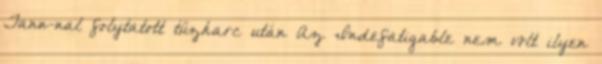
Tann-nal folytatott tűzharc után Az Indefatigable nem volt ilyen